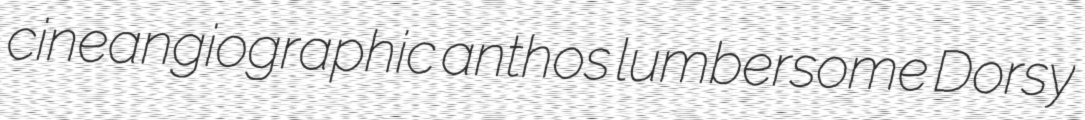
cineangiographic anthos lumbersome Dorsy